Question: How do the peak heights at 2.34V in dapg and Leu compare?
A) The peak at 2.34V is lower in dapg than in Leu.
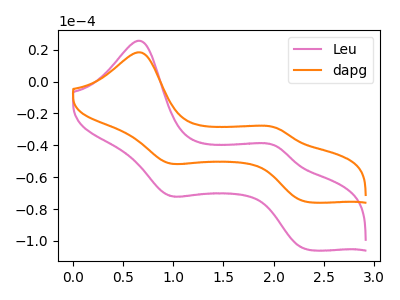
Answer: <think>The pink curve "Leu" has anodic peaks at (0.65V, 25.70uA) (2.00V, -40.45uA) and cathodic peaks at (0.95V, -71.40uA) (2.35V, -105.40uA). The orange curve "dapg" has anodic peaks at (0.65V, 18.40uA) (2.00V, -29.00uA) and cathodic peaks at (0.95V, -51.15uA) (2.35V, -75.55uA).</think>
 <answer>A) The peak at 2.34V is lower in "dapg" than in "Leu".</answer>
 <eval>A</eval>